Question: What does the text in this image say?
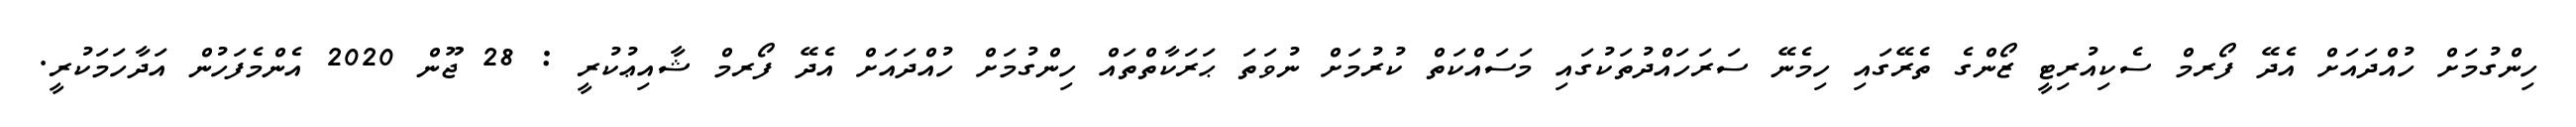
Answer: ހިންގުމަށް ހުއްދައަށް އެދޭ ފޯރމް ސެކިއުރިޓީ ޒޯންގެ ތެރޭގައި ހިމެނޭ ސަރަހައްދުތަކުގައި މަސައްކަތް ކުރުމަށް ނުވަތަ ޙަރަކާތްތައް ހިންގުމަށް ހުއްދައަށް އެދޭ ފޯރމް ޝާއިޢުކުރީ : 28 ޖޫން 2020 އެންމެފަހުން އަދާހަމަކުރީ.